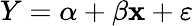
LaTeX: Y=\alpha+\beta\mathbf{x}+\varepsilon